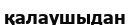
қалаушыдан